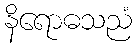
နိရောဓသညံ